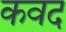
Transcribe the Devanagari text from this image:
कवद